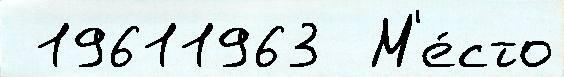
 19611963  М'е́сто